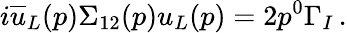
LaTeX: i\overline{{u}}_{L}(p)\Sigma_{12}(p)u_{L}(p)=2p^{0}\Gamma_{I}\, .